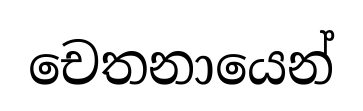
චෙතනායෙන්